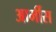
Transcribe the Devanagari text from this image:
आर्मीस